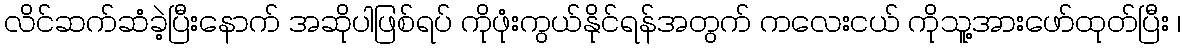
လိင်ဆက်ဆံခဲ့ပြီးနောက် အဆိုပါဖြစ်ရပ် ကိုဖုံးကွယ်နိုင်ရန်အတွက် ကလေးငယ် ကိုသူ့အားဖော်ထုတ်ပြီး ၊